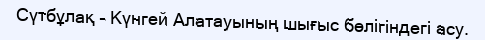
Сүтбұлақ – Күнгей Алатауының шығыс бөлігіндегі асу.